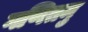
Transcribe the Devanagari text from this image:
गणितमु